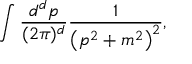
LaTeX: \int { \frac { d ^ { d } p } { ( 2 \pi ) ^ { d } } } { \frac { 1 } { \left( p ^ { 2 } + m ^ { 2 } \right) ^ { 2 } } } ,